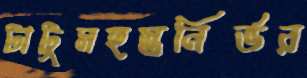
টাটুমহস্তনির্ভর